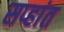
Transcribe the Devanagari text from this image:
सप्हांत